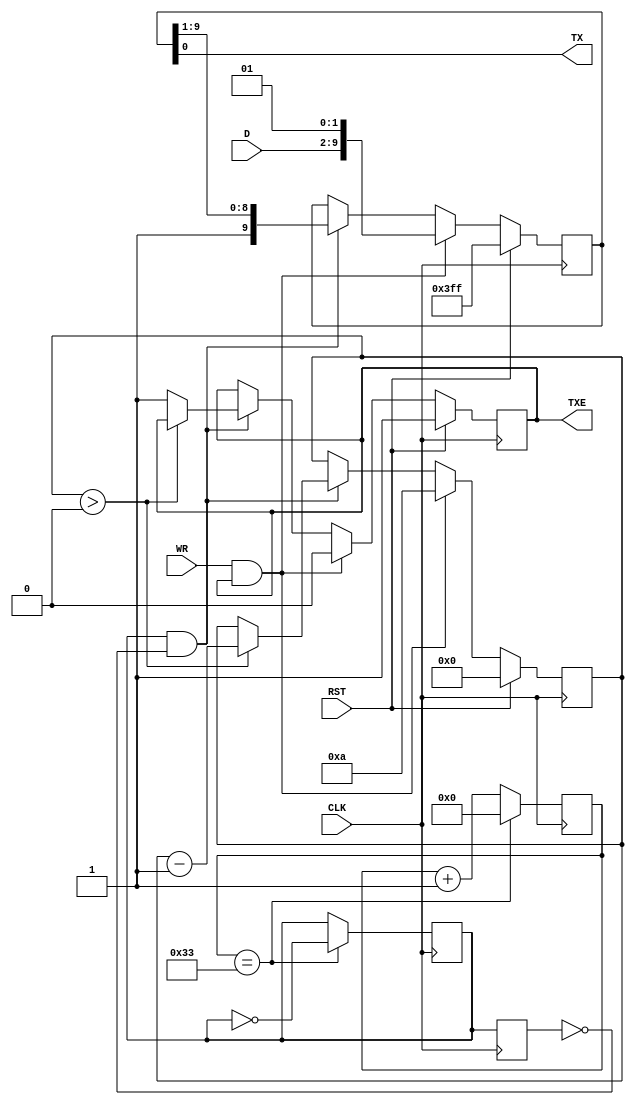
module UART_Tx(
	input CLK,
	input [7:0]D,
	input WR,
	input RST,
	output TX,
	output reg TXE = 1'b1
   );
	
parameter CLOCK = 1_000_000;
parameter BAUD_RATE = 9_600;

localparam CLK_DIV = CLOCK/(BAUD_RATE*2);
reg [$clog2(CLK_DIV)-1:0]baud_counter = 0;

reg prev_CLK_B;
reg CLK_B = 1'b0; 

reg [9:0]send_reg = 10'h3FF;
reg [3:0]counter = 0;

assign TX = send_reg[0]; 

// clock gen
always @ (posedge CLK) begin 
	prev_CLK_B <= CLK_B;
	baud_counter <= baud_counter+1'b1;
	if ( baud_counter == CLK_DIV-1) begin
		baud_counter <=0; 
		CLK_B <= ~CLK_B;
	end
end

// uart tx logic
always @(posedge CLK) begin
	if (RST == 1'b1) begin
		send_reg <= 10'h3FF;
		counter <= 0;
		TXE <= 1'b1;
	end
	else if (WR == 1'b1 && TXE) begin
		send_reg <= {D, 1'b0, 1'b1};
		counter <= 10;
		TXE <= 1'b0;
	end
	else if(CLK_B == 1'b1 && prev_CLK_B == 1'b0) begin
		send_reg <= {1'b1, send_reg[9:1]};
		if(counter > 0) begin
			counter <= counter - 1'b1;
		end else begin
			TXE <= 1'b1;
		end
	end
end

endmodule